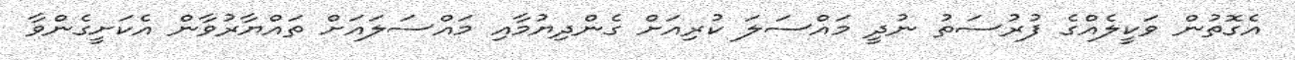
އެގޮތުން ވަކީލެއްގެ ފުރުސަތު ނުދީ މައްސަލަ ކުރިއަށް ގެންދިޔުމާއި މައްސަލައަށް ތައްޔާރުވާން އެކަށީގެންވާ